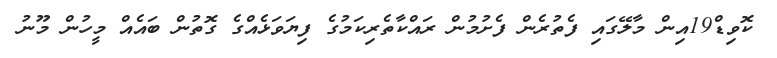
ކޮވިޑް19އިން މާލޭގައި ފެތުރެން ފެށުމުން ރައްކާތެރިކަމުގެ ފިޔަވަޅެއްގެ ގޮތުން ބައެއް މީހުން މޫނު